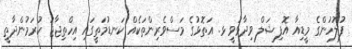
ފުލުހުންގެ މީޑިއާ އޮފިޝަލް ވިދާޅުވީ ޅ. އަތޮޅުގެ މަސްވެރިންތަކެއް ކަނޑުމަތީގައި އިހްތިޖާޖު ކުރަމުންދާތީ